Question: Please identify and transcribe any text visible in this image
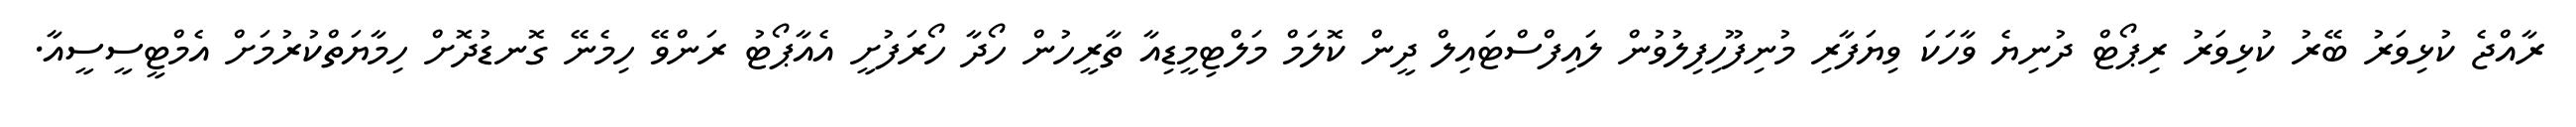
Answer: ރާއްޖެ ކުޅިވަރު ބޭރު ކުޅިވަރު ރިޕޯޓް ދުނިޔެ ވާހަކަ ވިޔަފާރި މުނިފޫހިފިލުވުން ލައިފްސްޓައިލް ދީން ކޮލަމް މަލްޓިމީޑިއާ ތާރީހުން ހޯދާ ހޯރަފުށީ އެއާޕޯޓު ރަންވޭ ހިމެނޭ ގޮނޑުދޮށް ހިމާޔަތްކުރުމަށް އެމްޓީސީސީއާ.